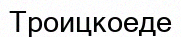
Троицкоеде